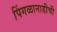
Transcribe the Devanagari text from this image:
पिंगळानाडीची